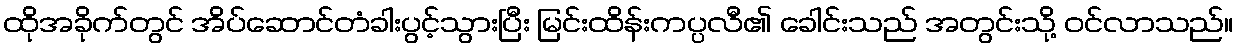
ထိုအခိုက်တွင် အိပ်ဆောင်တံခါးပွင့်သွားပြီး မြင်းထိန်းကပ္ပလီ၏ ခေါင်းသည် အတွင်းသို့ ဝင်လာသည်။